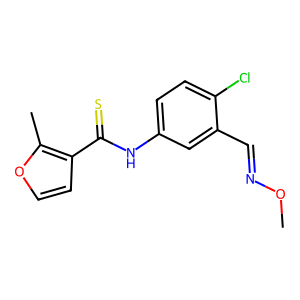
SMILES: CON=Cc1cc(NC(=S)c2ccoc2C)ccc1Cl
Inhibits HIV replication: Yes